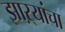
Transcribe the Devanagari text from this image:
झाऱ्यांचा